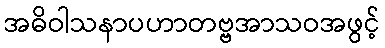
အဓိဝါသနာပဟာတဗ္ဗအာသဝအဖွင့်